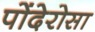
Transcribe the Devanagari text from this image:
पोंदेरोसा